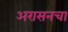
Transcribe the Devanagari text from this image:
अरासनचा